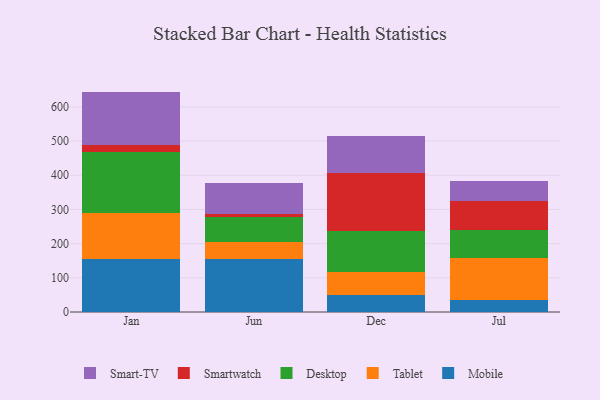
{"axis": {"x": "Month", "y": "Temperature (°C)"}, "legend": ["Desktop", "Mobile", "Smart-TV", "Smartwatch", "Tablet"], "data": [{"x": "Jan", "y": 154.6, "type": "Mobile"}, {"x": "Jan", "y": 133.8, "type": "Tablet"}, {"x": "Jan", "y": 179.9, "type": "Desktop"}, {"x": "Jan", "y": 19.4, "type": "Smartwatch"}, {"x": "Jan", "y": 157.1, "type": "Smart-TV"}, {"x": "Jun", "y": 155.4, "type": "Mobile"}, {"x": "Jun", "y": 48.6, "type": "Tablet"}, {"x": "Jun", "y": 75.4, "type": "Desktop"}, {"x": "Jun", "y": 6.2, "type": "Smartwatch"}, {"x": "Jun", "y": 91.9, "type": "Smart-TV"}, {"x": "Dec", "y": 48.4, "type": "Mobile"}, {"x": "Dec", "y": 69.6, "type": "Tablet"}, {"x": "Dec", "y": 119.9, "type": "Desktop"}, {"x": "Dec", "y": 168.4, "type": "Smartwatch"}, {"x": "Dec", "y": 108.8, "type": "Smart-TV"}, {"x": "Jul", "y": 35.9, "type": "Mobile"}, {"x": "Jul", "y": 122.8, "type": "Tablet"}, {"x": "Jul", "y": 81.9, "type": "Desktop"}, {"x": "Jul", "y": 82.8, "type": "Smartwatch"}, {"x": "Jul", "y": 59.6, "type": "Smart-TV"}]}